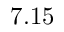
7 . 1 5